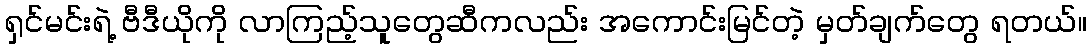
ရှင်မင်းရဲ့ ဗီဒီယိုကို လာကြည့်သူတွေဆီကလည်း အကောင်းမြင်တဲ့ မှတ်ချက်တွေ ရတယ်။